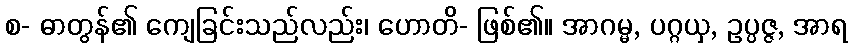
စ- ဓာတွန်၏ ကျေခြင်းသည်လည်း၊ ဟောတိ- ဖြစ်၏။ အာဂမ္မ, ပဂ္ဂယှ, ဥပ္ပဇ္ဇ, အာရ